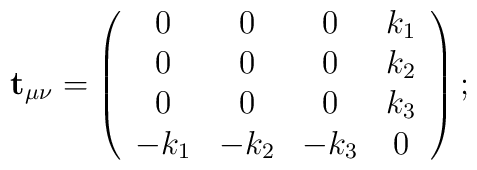
{\bf t}_{\mu \nu }=\left(\begin{array}{cccc}0 & 0 & 0 & k_{1} \\0 & 0 & 0 & k_{2} \\0 & 0 & 0 & k_{3} \\-k_{1} & -k_{2} & -k_{3} & 0\end{array}\right) ;